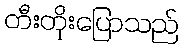
တီးတိုးပြောသည်